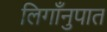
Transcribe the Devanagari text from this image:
लिगाँनुपात